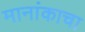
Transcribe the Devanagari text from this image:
मानांकाचा